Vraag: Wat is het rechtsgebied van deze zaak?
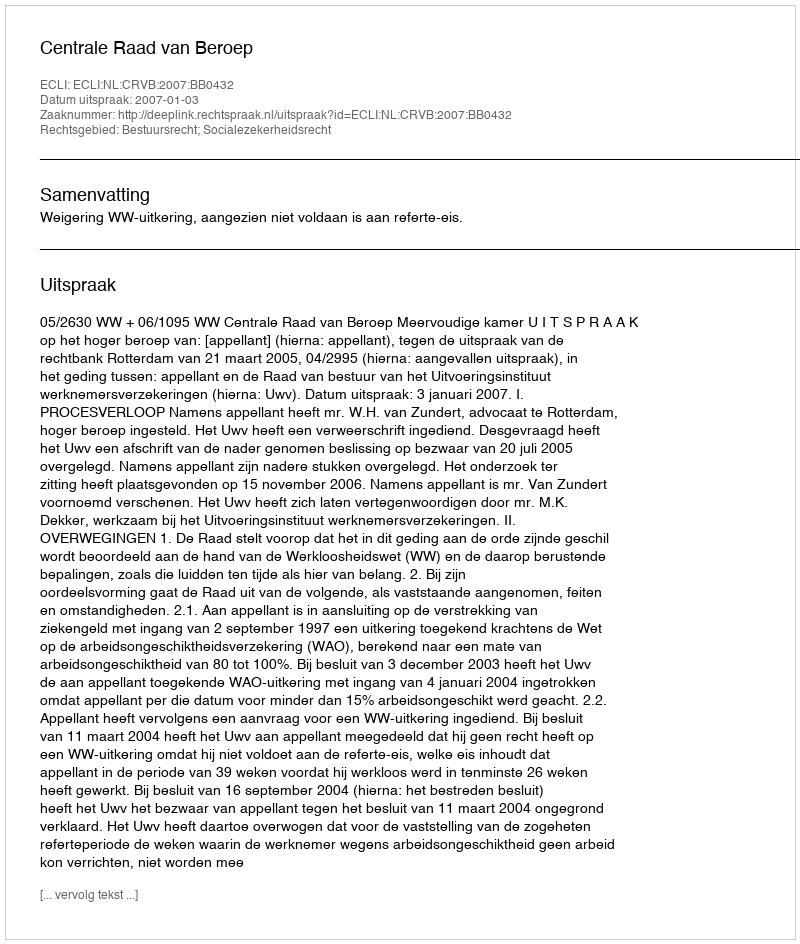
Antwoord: Bestuursrecht; Socialezekerheidsrecht